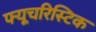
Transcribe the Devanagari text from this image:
फ्यूचरिस्टिक